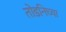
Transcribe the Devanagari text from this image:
तोडनिच्या